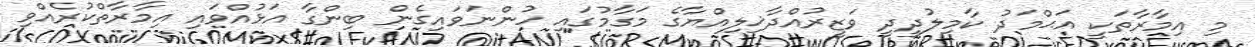
މި އިމާރާތަކީ އަޙްމަދު ކާމިލުދީދީ ވަޒީރުއްދާޚިލިއްޔާގެ މަގާމުގައި ހުންނަވައިގެން ބިންގާ އަޅުއްވައި އިމާރާތްކުރެއްވި